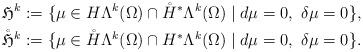
LaTeX: \begin{align*}\begin{aligned}\mathfrak{H}^{k}&:=\{\mu\in H\Lambda^{k}(\Omega)\cap\mathring{H}^{\ast}\Lambda^{k}({\Omega})\mid d\mu=0,\ \delta\mu=0\},\\\mathring{\mathfrak{H}}^{k}&:=\{\mu\in \mathring{H}\Lambda^{k}(\Omega)\cap H^{\ast}\Lambda^{k}({\Omega})\mid d\mu=0,\ \delta\mu=0\}.\end{aligned}\end{align*}